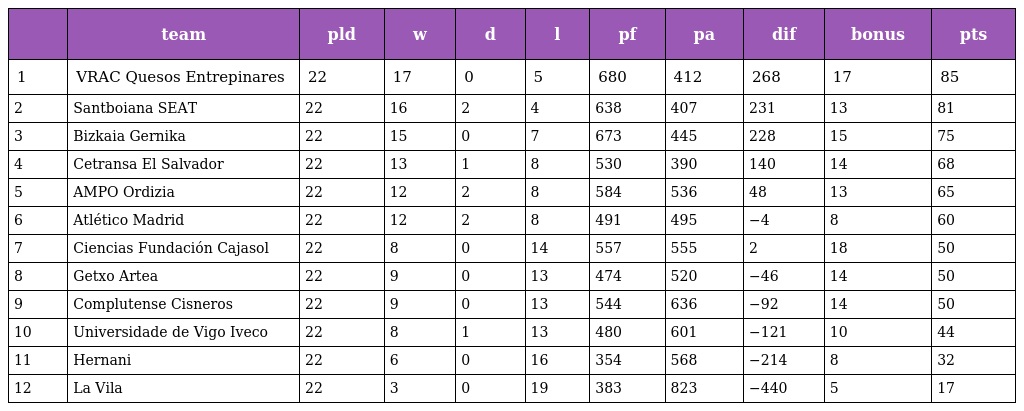
|  | team | pld | w | d | l | pf | pa | dif | bonus | pts |
 | --- | --- | --- | --- | --- | --- | --- | --- | --- | --- | --- |
 | 1 | VRAC Quesos Entrepinares | 22 | 17 | 0 | 5 | 680 | 412 | 268 | 17 | 85 |
 | 2 | Santboiana SEAT | 22 | 16 | 2 | 4 | 638 | 407 | 231 | 13 | 81 |
 | 3 | Bizkaia Gernika | 22 | 15 | 0 | 7 | 673 | 445 | 228 | 15 | 75 |
 | 4 | Cetransa El Salvador | 22 | 13 | 1 | 8 | 530 | 390 | 140 | 14 | 68 |
 | 5 | AMPO Ordizia | 22 | 12 | 2 | 8 | 584 | 536 | 48 | 13 | 65 |
 | 6 | Atlético Madrid | 22 | 12 | 2 | 8 | 491 | 495 | −4 | 8 | 60 |
 | 7 | Ciencias Fundación Cajasol | 22 | 8 | 0 | 14 | 557 | 555 | 2 | 18 | 50 |
 | 8 | Getxo Artea | 22 | 9 | 0 | 13 | 474 | 520 | −46 | 14 | 50 |
 | 9 | Complutense Cisneros | 22 | 9 | 0 | 13 | 544 | 636 | −92 | 14 | 50 |
 | 10 | Universidade de Vigo Iveco | 22 | 8 | 1 | 13 | 480 | 601 | −121 | 10 | 44 |
 | 11 | Hernani | 22 | 6 | 0 | 16 | 354 | 568 | −214 | 8 | 32 |
 | 12 | La Vila | 22 | 3 | 0 | 19 | 383 | 823 | −440 | 5 | 17 |